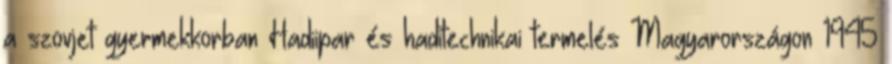
a szovjet gyermekkorban Hadiipar és haditechnikai termelés Magyarországon 1945